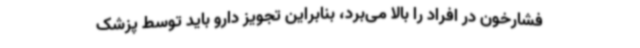
فشارخون در افراد را بالا می‌برد، بنابراین تجویز دارو باید توسط پزشک